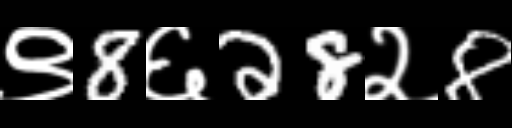
Text: ९8६28२8